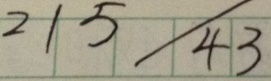
2 1 5 / 4 3